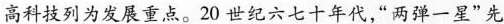
高科技列为发展重点。20世纪六七十年代，”两弹一星”先